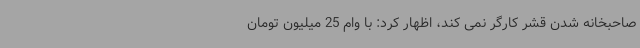
صاحبخانه شدن قشر کارگر نمی کند، اظهار کرد: با وام 25 میلیون تومان